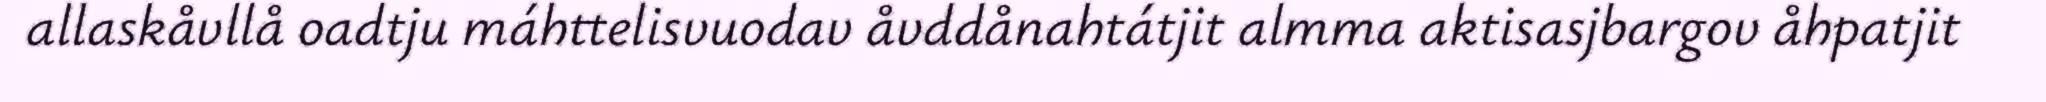
allaskåvllå oadtju máhttelisvuodav åvddånahtátjit almma aktisasjbargov åhpatjit